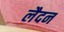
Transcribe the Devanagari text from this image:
लैदन